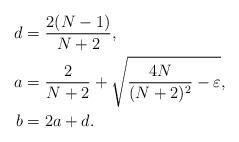
LaTeX: \begin{align*} d &= \frac{2(N-1)}{N+2},\\ a &=\frac{2}{N+2} + \sqrt{\frac{4N}{(N+2)^2}-\varepsilon},\\ b &= 2a+d. \end{align*}